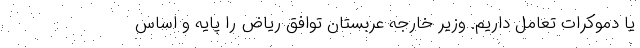
یا دموکرات تعامل داریم. وزیر خارجه عربستان توافق ریاض را پایه و اساس